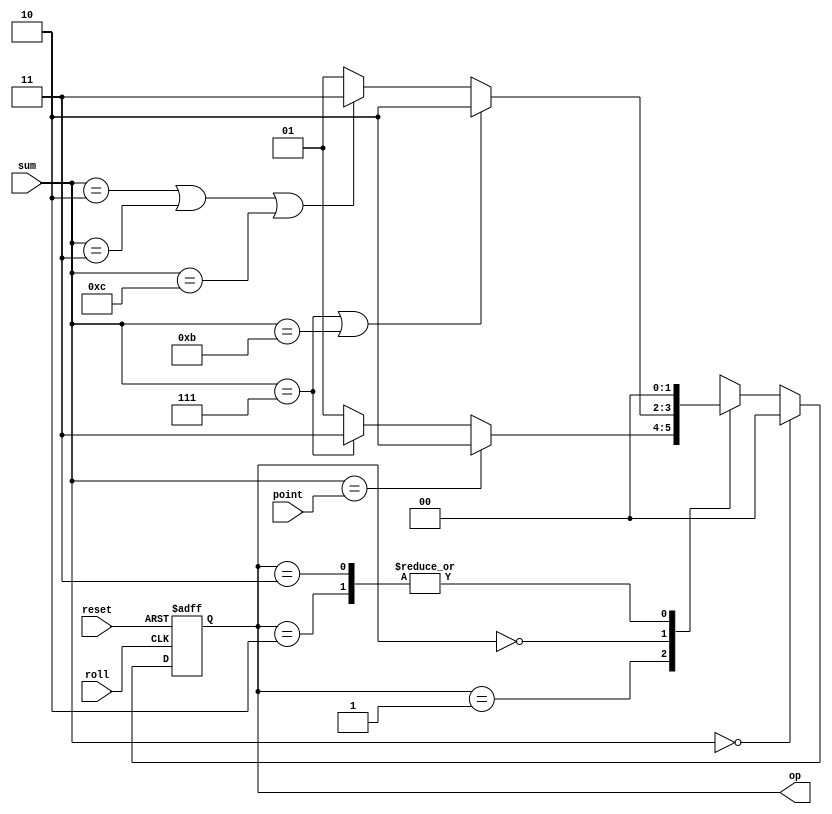
module TestLogic(roll, sum, op, reset, point);
	input [3:0]sum, point;
	input reset, roll;
	output [1:0]op;
	
	reg [1:0]state, prev_state;
	assign op = state;
	
	parameter init = 2'b00, reroll = 2'b01, win = 2'b10, lose = 2'b11;
	
	initial begin
		state = init;
	end
	

		
	always @(posedge roll or posedge reset) begin
		
		if(reset) state = init;
		else if(sum == 4'd0) state = init;
		else begin
        	case(state)
				reroll: begin
					if(sum == point) state = win;
					else if(sum == 4'd7) state = lose;
					else state = reroll;
				end
				init: begin
					if(sum == 4'd0) state = init;
					if(sum == 4'd7 | sum == 4'd11 ) state = win;
					else if(sum == 4'd2 | sum == 4'd3 | sum == 4'd12) state = lose;
					else state = reroll;
				end 
				win: state = init;
				lose: state = init;

			endcase
			end

	end

	
endmodule